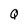
Character: Q